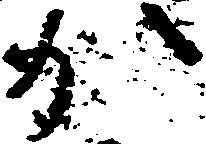
か